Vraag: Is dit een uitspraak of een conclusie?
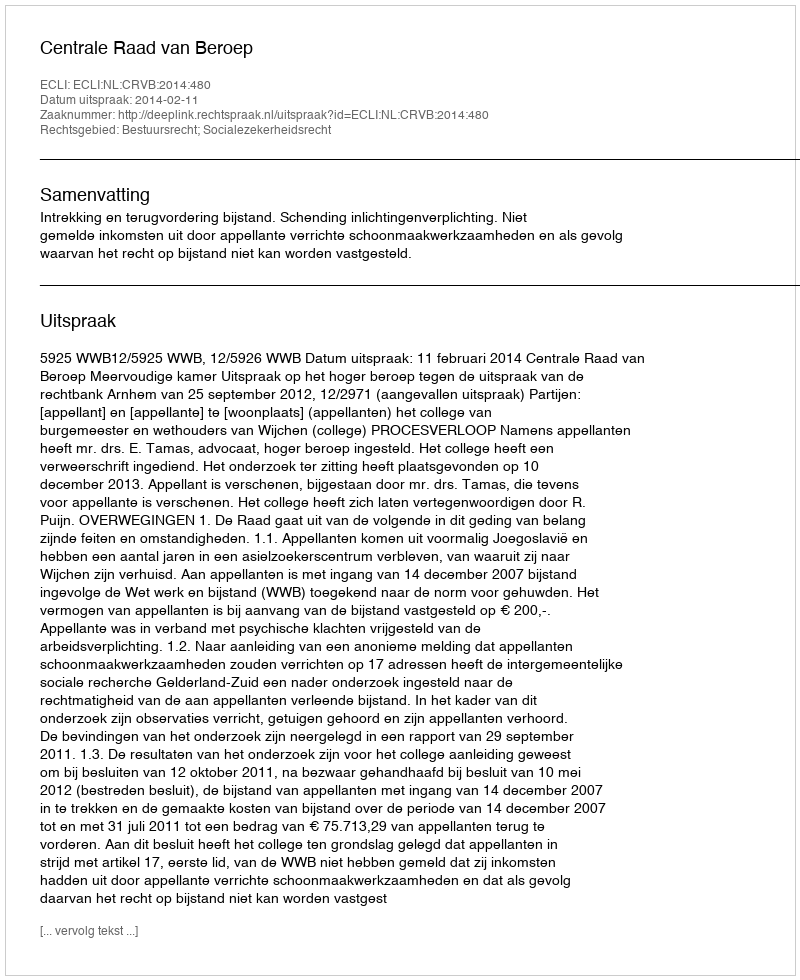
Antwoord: Uitspraak